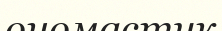
ономастик